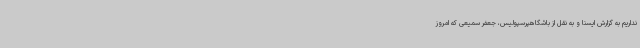
نداریم به گزارش ایسنا و به نقل از باشگاهپرسپولیس، جعفر سمیعی که امروز